Report on vaccination in Madras 1904-1921 - 1904-1921
Year: 1904
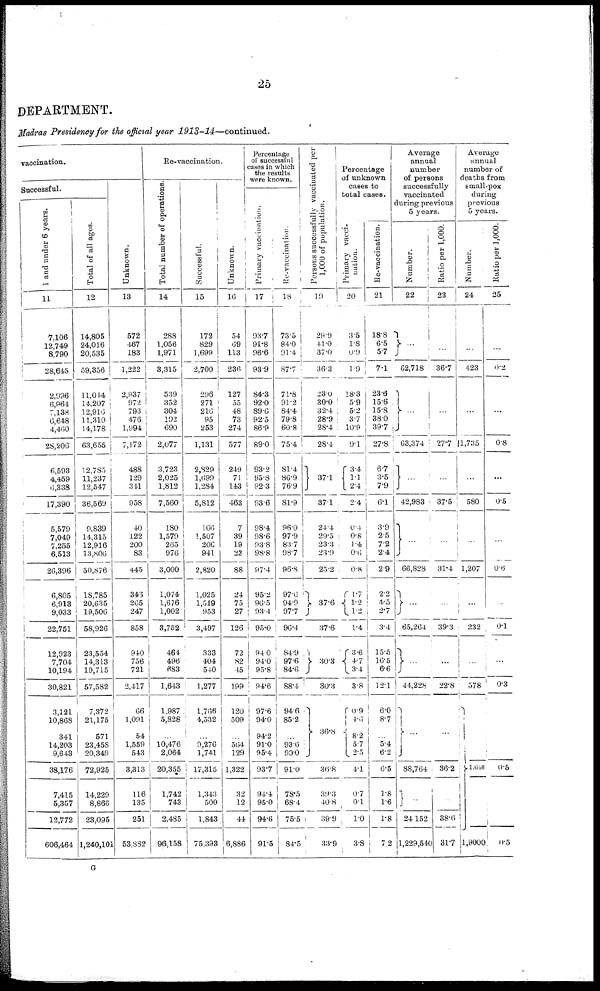
25
DEPARTMENT.
Madras Presidency for the official year 1913-14—continued.
vaccination.
Successful.
1 and under 6 years.
11
7,106
12,749
8,790
28,645
2,996
6,964
7,138
6,648
4,460
28,206
6,593
4,459
6,338
17,390
5,579
7,049
7,255
6,513
26,396
6,805
6,913
9,033
22,751
12,923
7,704
10,194
30,821
3,121
10,868
341
14,203
9,643
38,176
7,415
5,357
12,772
606,464
Total of all ages.
12
14,805
24,016
20,535
59,356
11,014
14,207
12,916
11,310
14,178
63,655
12,785
11,237
12,547
36,569
9,839
14,315
12,916
13,806
50,876
18,785
20,635
19,506
58,926
23,554
14,313
19,715
57,582
7,372
21,175
571
23,458
20,349
72,925
14,229
8,866
23,095
1,240,101
Unknown.
13
572
467
183
1,222
2,937
972
793
476
1,994
7,172
488
129
341
958
40
122
200
83
445
346
265
247
858
940
756
721
2,417
66
1,091
54
1,559
543
3,313
116
135
251
53,882
Re-vaccination.
Total number of operations.
14
288
1,056
1,971
3,315
539
352
304
192
690
2,077
3,723
2,025
1,812
7,560
180
1,579
265
976
3,000
1,074
1,676
1,002
3,752
464
496
683
1,643
1,987
5,828
...
10,476
2,064
20,355
1,742
743
2,485
96,158
Successful.
15
172
829
1,699
2,700
2960
271
216
95
253
1,131
2,829
1,699
1,284
5,812
166
1,507
200
941
2,820
1,025
1,519
953
3,497
333
404
540
1,277
1,766
4,532
...
9,276
1,741
17,315
1,343
500
1,843
75,393
Unknown.
16
54
69
113
236
127
55
48
73
274
577
249
71
143
463
7
39
19
23
88
24
75
27
126
72
82
45
199
120
509
...
564
129
1,322
32
12
44
6,886
Percentage
of successful
cases in which
the results
were known.
Primary vaccination.
17
93.7
91.8
96.6
93.9
84.3
92.0
89.6
92.5
86.9
89.0
93.2
95.8
92.3
93.6
98.4
98.6
93.8
98.8
97.4
95.2
96.5
93.4
95.0
94.0
94.0
95.8
94.6
97.6
94.0
94.2
91.0
95.4
93.7
94.4
95.0
94.6
91.5
Re-vaccination.
18
73.5
84.0
91.4
87.7
71.8
91.2
84.4
79.8
60.8
75.4
81.4
86.9
76.9
81.9
96.0
97.9
83.7
98.7
96.8
97.6
94.9
97.7
96.4
84.9
97.6
84.6
88.4
94.6
85.2
...
93.6
90.0
91.0
78.5
68.4
75.5
84.5
Persons successfully vaccinated per
1,000 of population.
19
29.9
41.0
37.0
36.3
23.0
30.0
32.4
28.9
28.4
28.4
37.1
37.1
24.4
29.5
23.3
23.9
25.2
37.6
37.6
30.3
30.3
36.8
36.8
39.3
40.8
39.9
33.9
Percentage
of unknown
cases to
total cases.
Primary vacci-
nation.
20
3.5
1.8
0.9
1.9
18.3
5.9
5.2
3.7
10.9
9.1
3.4
1.1
2.4
2.4
0.4
0.8
1.4
0.6
0.8
1.7
1.2
1.2
1.4
3.6
4.7
3.4
3.8
0.9
4.6
8.2
5.7
2.5
4.1
0.7
0.1
1.0
3.8
Re-vaccination.
21
18.8
6.5
5.7
7.1
23.6
15.6
15.8
38.0
39.7
27.8
6.7
3.5
7.9
6.1
3.9
2.5
7.2
2.4
2.9
2.2
4.5
2.7
3.4
15.5
16.5
6.6
12.1
6.0
8.7
...
5.4
6.2
6.5
1.8
1.6
1.8
7.2
Average
annual
number
of persons
successfully
vaccinated
during previous
5 years.
Number.
22
...
62,718
...
63,374
...
42,983
...
66,828
...
65,264
...
44,228
...
88,764
...
24,152
1,229,540
Ratio per 1,000.
23
...
36.7
...
27.7
...
37.5
...
31.4
...
39.3
...
22.8
...
36.2
...
38.6
31.7
Average
annual
number of
deaths from
small-pox
during
previous
5 years.
Number.
24
...
423
...
1,735
...
580
...
1,207
...
232
...
578
1,648
1,9000
Ratio per 1,000.
25
...
0.2
...
0.8
...
0.5
...
0.6
...
0.1
...
0.3
0.5
0.5
G